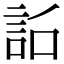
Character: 𧦎